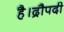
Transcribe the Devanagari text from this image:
है।द्रौपदी